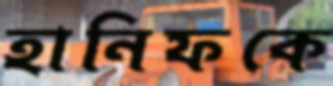
হানিফকে